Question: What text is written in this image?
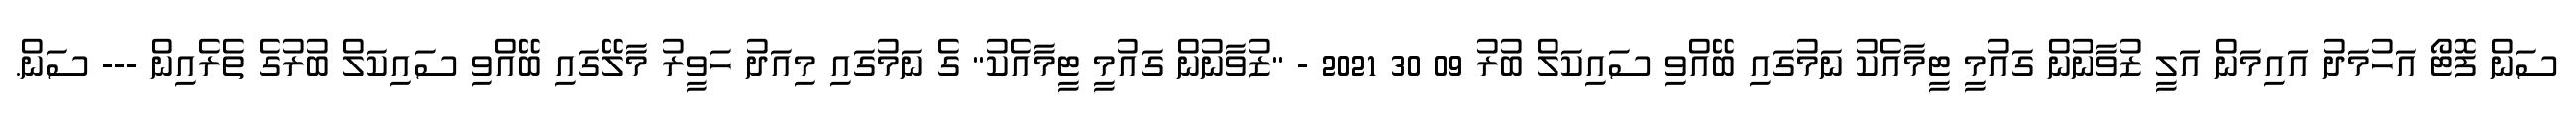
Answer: ސަން ފޮޓޯ އަހުމަދު އައިމަން އަލީ ޒުވާނުން ގައުމީ ޓީމާއެކު ނަމުގައި ބޭއްވި ސައިކަލް ބުރު 09 30 2021 - "ޒުވާނުން ގައުމީ ޓީމާއެކު" ގެ ނަމުގައި މިއަދު ހަވީރު މާލޭގައި ބޭއްވި ސައިކަލް ބުރުގެ ތެރެއިން --- ސަން.